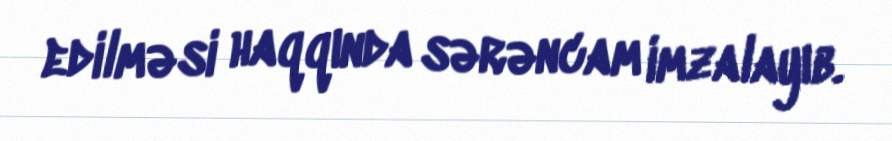
edilməsi haqqında sərəncam imzalayıb.